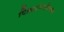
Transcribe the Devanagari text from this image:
पिढ्यांपर्यंतच्या